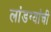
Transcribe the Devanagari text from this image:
लांडग्यांची